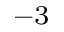
^ { - 3 }